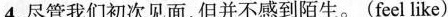
4.尽管我们初次见面，但并不感到陌生。(feel like)